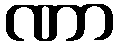
ဏာ